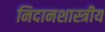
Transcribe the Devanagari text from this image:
निदानशास्त्रीय